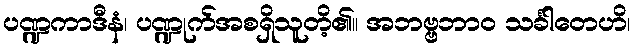
ပဏ္ဍကာဒီနံ၊ ပဏ္ဍုက်အစရှိသူတိ့၏။ အဘဗ္ဗဘာဝ သင်္ခါတေဟိ၊